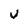
Character: V